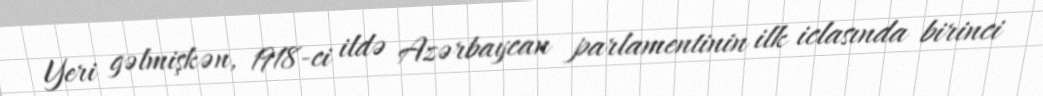
Yeri gəlmişkən, 1918-ci ildə Azərbaycan parlamentinin ilk iclasında birinci